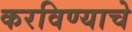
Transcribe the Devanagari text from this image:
करविण्याचे